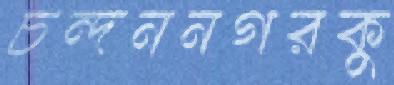
চন্দননগরকু